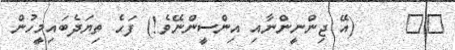
٦٥     (އޭ ޖިންނީންނާއި އިންސީންނޭވެ!) ފަހެ ތިޔަދެބައިމީހުން